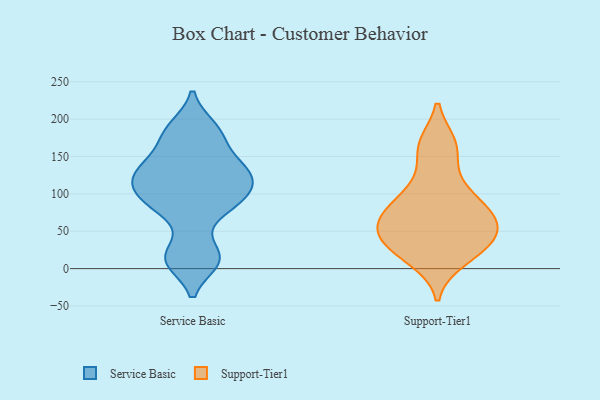
{"axis": {"x": "Population (Million)", "y": "Value"}, "legend": ["Service Basic", "Support-Tier1"], "data": [{"x": "", "y": 113, "type": "Service Basic"}, {"x": "", "y": 165, "type": "Service Basic"}, {"x": "", "y": 110, "type": "Service Basic"}, {"x": "", "y": 89, "type": "Service Basic"}, {"x": "", "y": 133, "type": "Service Basic"}, {"x": "", "y": 96, "type": "Service Basic"}, {"x": "", "y": 177, "type": "Service Basic"}, {"x": "", "y": 22, "type": "Service Basic"}, {"x": "", "y": 134, "type": "Service Basic"}, {"x": "", "y": 10, "type": "Service Basic"}, {"x": "", "y": 84, "type": "Service Basic"}, {"x": "", "y": 135, "type": "Service Basic"}, {"x": "", "y": 132, "type": "Service Basic"}, {"x": "", "y": 10, "type": "Service Basic"}, {"x": "", "y": 74, "type": "Service Basic"}, {"x": "", "y": 13, "type": "Service Basic"}, {"x": "", "y": 187, "type": "Service Basic"}, {"x": "", "y": 124, "type": "Service Basic"}, {"x": "", "y": 189, "type": "Service Basic"}, {"x": "", "y": 99, "type": "Service Basic"}, {"x": "", "y": 118, "type": "Support-Tier1"}, {"x": "", "y": 33, "type": "Support-Tier1"}, {"x": "", "y": 60, "type": "Support-Tier1"}, {"x": "", "y": 48, "type": "Support-Tier1"}, {"x": "", "y": 87, "type": "Support-Tier1"}, {"x": "", "y": 166, "type": "Support-Tier1"}, {"x": "", "y": 12, "type": "Support-Tier1"}, {"x": "", "y": 89, "type": "Support-Tier1"}, {"x": "", "y": 24, "type": "Support-Tier1"}, {"x": "", "y": 40, "type": "Support-Tier1"}, {"x": "", "y": 163, "type": "Support-Tier1"}, {"x": "", "y": 63, "type": "Support-Tier1"}, {"x": "", "y": 72, "type": "Support-Tier1"}]}